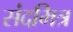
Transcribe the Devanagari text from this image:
संदमित्र